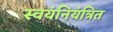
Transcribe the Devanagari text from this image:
स्वयंनियंत्रित